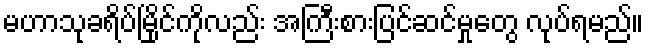
မဟာသုခရိပ်မြိုင်ကိုလည်း အကြီးစားပြင်ဆင်မှုတွေ လုပ်ရမည်။